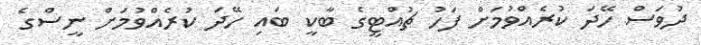
ދުވަސް ހޭދަ ކުރެއްވުމަށް ފަހު ޗުއްޓީގެ ބާކީ ބައި ހޭދަ ކުރެއްވުމަށް ނީސްގެ